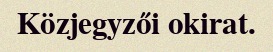
Közjegyzői okirat.